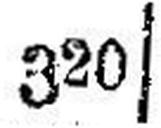
320